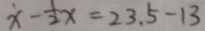
\dot { x } - \frac { 1 } { 2 } x = 2 3 . 5 - 1 3